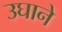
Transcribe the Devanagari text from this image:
उघाने